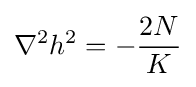
\nabla ^{2}h^{2}=-{\frac {2N}{K}}